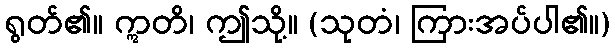
ရွတ်၏။ ဣတိ၊ ဤသို့။ (သုတံ၊ ကြားအပ်ပါ၏။)